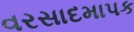
વરસાદમાપક